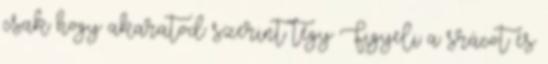
csak hogy akaratod szerint tégy Figyeli a srácot és